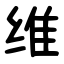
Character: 维